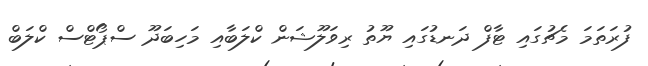
ފުރަތަމަ މެޗުގައި ޓާފް ދަނޑުގައި ޔޫތު ރިވަލޫޝަން ކްލަބާއި މަހިބަދޫ ސްޕޯޓްސް ކްލަބް